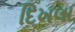
દિખલા